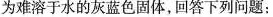
为难溶于水的灰蓝色固体，回答下列问题：